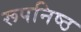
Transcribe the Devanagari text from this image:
रूपनिष्ठ